Annual administration report of the Civil Veterinary Department of India - 1898-1899
Year: 1898
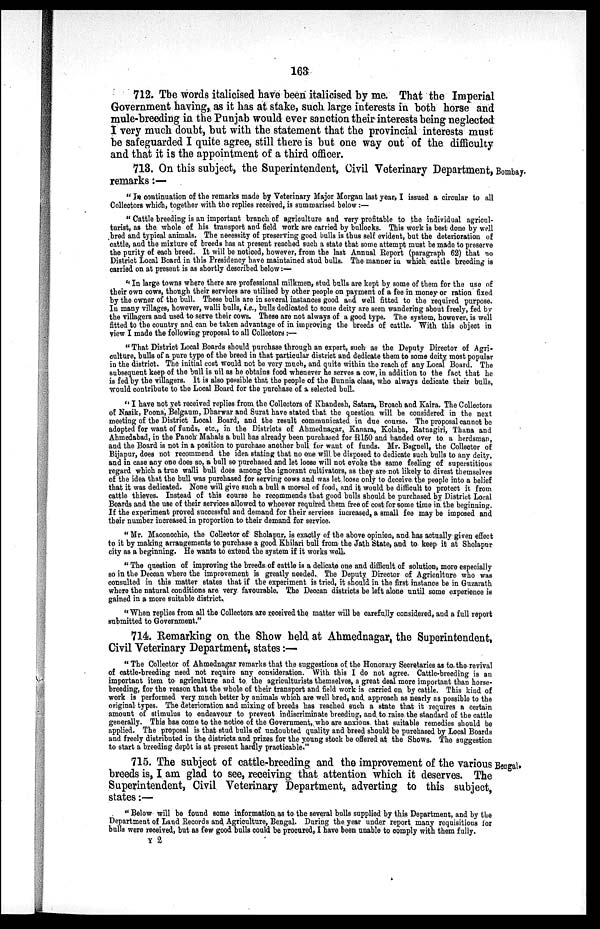
163
712. The words italicised have been italicised by me. That the Imperial
Government having, as it has at stake, such large interests in both horse and
mule-breeding in the Punjab would ever sanction their interests being neglected
I very much doubt, but with the statement that the provincial interests must
be safeguarded I quite agree, still there is but one way out of the difficulty
and that it is the appointment of a third officer.
Bombay.
713. On this subject, the Superintendent, Civil Veterinary Department,
remarks:—
" In continuation of the remarks made by Veterinary Major Morgan last year, I issued a circular to all
Collectors which, together with the replies received, is summarised below :—
" Cattle breeding is an important branch of agriculture and very profitable to the individual agricul-
turist, as the. whole of his transport and field work are carried by bullocks. This work is best done by well
bred and typical animals. The necessity of preserving good bulls is thus self evident, but the deterioration of
cattle, and the mixture of breeds has at present reached such a state that some attempt must be made to preserve
the purity of each breed. It will be noticed, however, from the last Annual Report (paragraph 62) that no
District Local Board in this Presidency have maintained stud bulls. The manner in which cattle breeding is
carried on at present is as shortly described below:—
" In large towns where there are professional milkmen, stud bulls are kept by some of them for the use of
their own cows, though their services are utilised by other people on payment of a fee in money or ration fixed
by the owner of the bull. These bulls are in several instances good and well fitted to the required purpose.
In many villages, however, walli bulls, i.e., bulls dedicated to some deity are seen wandering about freely, fed by
the villagers and used to serve their cows. These are not always of a good type. The system, however, is well
fitted to the country and can be taken advantage of in improving the breeds of cattle. With this object in
view I made the following proposal to all Collectors :—
" That District Local Boards should purchase through an expert, such as the Deputy Director of Agri-
culture, bulls of a pure type of the breed in that particular district and dedicate them to some deity most popular
in the district. The initial cost would not be very much, and quite within the reach of any Local Board. The
subsequent keep of the bull is nil as he obtains food whenever he serves a cow, in addition to the fact that he
is fed by the villagers. It is also possible that the people of the Bunnia class, who always dedicate their bulls,
would contribute to the Local Board for the purchase of a selected bull.
" I have not yet received replies from the Collectors of Khandesh, Satara, Broach and Kaira. The Collectors
of Nasik, Poona, Belgaum, Dharwar and Surat have stated that the question will be considered in the next
meeting of the District Local Board, and the result communicated in due course. The proposal cannot be
adopted for want of funds, etc., in the Districts of Ahmednagar, Kanara, Kolaba, Ratnagiri, Thana and
Ahmedabad, in the Pauch Mahals a bull has already been purchased for R150 and handed over to a herdsman,
and the Board is not in a position to purchase another bull for want of funds. Mr. Bagnell, the Collector of
Bijapur, does not recommend the idea stating that no one will be disposed to dedicate such bulls to any deity,
and in case any one does so, a bull so purchased and let loose will not evoke the same feeling of superstitious
regard which a true walli bull does among the ignorant cultivators, as they are not likely to divest themselves
of the idea that the bull was purchased for serving cows and was let loose only to deceive the people into a belief
that it was dedicated. None will give such a bull a morsel of food, and it would be difficult to protect it from
cattle thieves. Instead of this course he recommends that good bulls should be purchased by District Local
Boards and the use of their services allowed to whoever required them free of cost for some time in the beginning.
If the experiment proved successful and demand for their services increased, a small fee may be imposed and
their number increased in proportion to their demand for service.
" Mr. Maconochie, the Collector of Sholapur, is exactly of the above opinion, and has actually given effect
to it by making arrangements to purchase a good Khilari bull from the Jath State, and to keep it at Sholapur
city as a beginning. He wants to extend the system if it works well.
" The question of improving the breeds of cattle is a delicate one and difficult of solution, more especially
so in the Deccan where the improvement is greatly needed. The Deputy Director of Agriculture who was
consulted in this matter states that if the experiment is tried, it should in the first instance be in Guzarath
where the natural conditions are very favourable. The Deccan districts be left alone until some experience is
gained in a more suitable district.
" When replies from all the Collectors are received the matter will be carefully considered, and a full report
submitted to Government."
714. Remarking on the Show held at Ahmednagar, the Superintendent,
Civil Veterinary Department, states :—
" The Collector of Ahmednagar remarks that the suggestions of the Honorary Secretaries as to the revival
of cattle-breeding need not require any consideration. With this I do not agree. Cattle-breeding is an
important item to agriculture and to the agriculturists themselves, a great deal more important than horse-
breeding, for the reason that the whole of their transport and field work is carried on by cattle. This kind of
work is performed very much better by animals which are well bred, and approach as nearly as possible to the
original types. The deterioration and mixing of breeds has reached such a state that it requires a certain
amount of stimulus to endeavour to prevent indiscriminate breeding, and to raise the standard of the cattle
generally. This has come to the notice of the Government, who are anxious that suitable remedies should be
applied. The proposal is that stud bulls of undoubted quality and breed should be purchased by Local Boards
and freely distributed in the districts and prizes for the young stock be offered at the Shows. The suggestion
to start a breeding depôt is at present hardly practicable."
Bengal.
715. The subject of cattle-breeding and the improvement of the various
breeds is, I am glad to see, receiving that attention which it deserves. The
Superintendent, Civil Veterinary Department, adverting to this subject,
states:—
" Below will be found some information as to the several bulls supplied by this Department, and by the
Department of Land Records and Agriculture, Bengal. During the year under report many requisitions for
bulls were received, but as few good bulls could be procured, I have been unable to comply with them fully.
Y 2